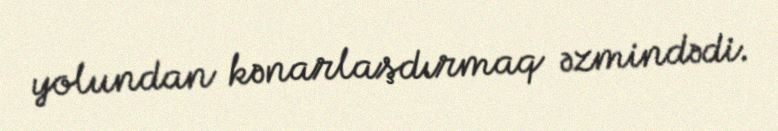
yolundan kənarlaşdırmaq əzmindədi.